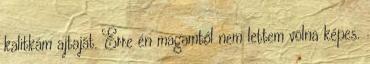
kalitkám ajtaját. Erre én magamtól nem lettem volna képes.